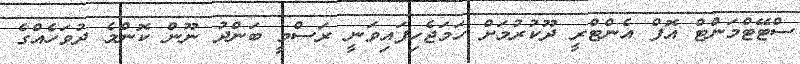
ސްޓޭޓްމަންޓް އޮފް އެންޓްރީ ދޫކުރުމަށް ހަމަޖެހިފައިވަނީ ރަސްމީ ބަންދު ނޫން ކޮންމެ ދުވަހެއްގެ